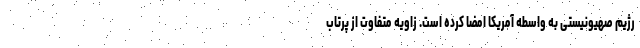
رژیم صهیونیستی به واسطه آمریکا امضا کرده است. زاویه متفاوت از پرتاب